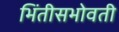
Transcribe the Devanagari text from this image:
भिंतीसभोवती